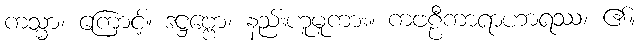
ကသ္မာ၊ ကြောင့်။ ဒဋ္ဌဗ္ဗော၊ နည်းဟူမူကား။ ကဗဠီကာရာဟာရဿ၊ ၏။